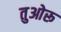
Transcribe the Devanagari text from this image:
तुओरू